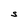
Character: S